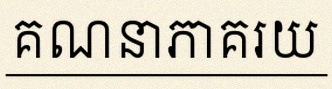
គណនាភាគរយ